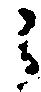
之